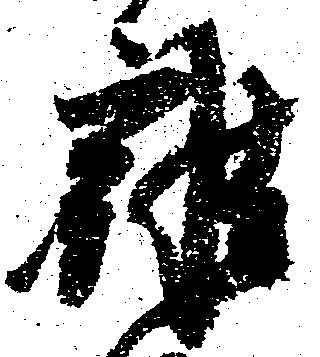
雑